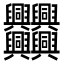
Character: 𠔻